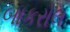
બાકરોલ